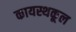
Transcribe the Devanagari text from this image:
कायस्थकूल